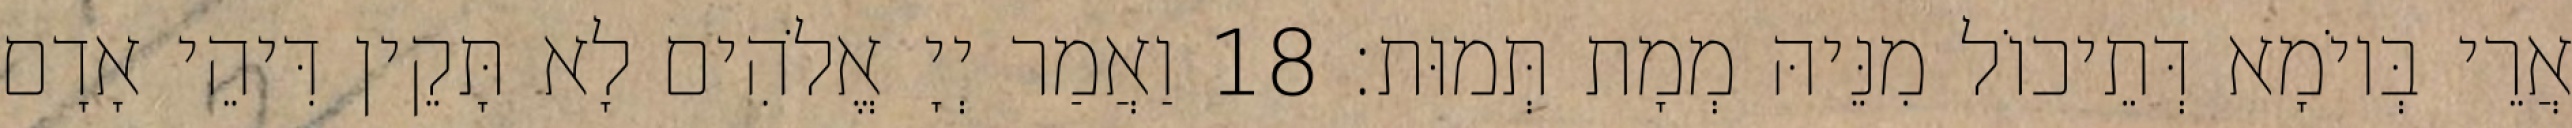
אֲרֵי בְּיוֹמָא דְּתֵיכוֹל מִנֵּיהּ מְמָת תְּמוּת׃ 18 וַאֲמַר יְיָ אֱלֹהִים לָא תָּקֵין דִּיהֵי אָדָם